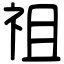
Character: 祖